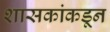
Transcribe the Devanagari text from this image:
शासकांकडून